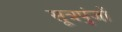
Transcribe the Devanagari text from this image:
सूत्रपुंजों